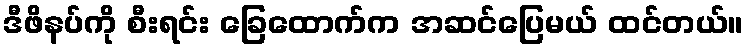
ဒီဖိနပ်ကို စီးရင်း ခြေထောက်က အဆင်ပြေမယ် ထင်တယ်။